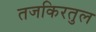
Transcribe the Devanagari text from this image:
तजकिरतुल